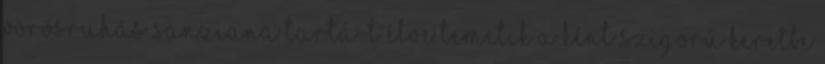
vörösruhás Sanziana Tartá-t élve temetik a ként szigorú keretbe